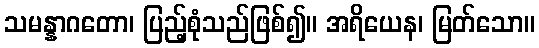
သမန္နာဂတော၊ ပြည့်စုံသည်ဖြစ်၍။ အရိယေန၊ မြတ်သော။